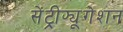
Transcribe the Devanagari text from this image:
सेंट्रीफ्यूगेशन